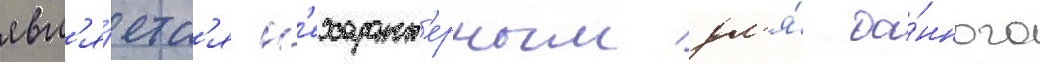
явл'я́етс'я н'ехаракт'ерным дл'я́ да́нного